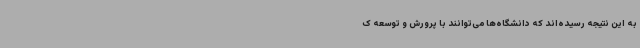
به این نتیجه رسیده‌اند که دانشگاه‌ها می‌توانند با پرورش و توسعه ک